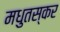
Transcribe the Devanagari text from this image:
मधुतस्कर